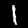
Digit: 1